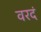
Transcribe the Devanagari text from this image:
वरदं